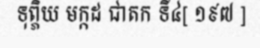
ទុព្ភិយ មក្កដ ជាតក ទី៤[ ១៩៧ ]